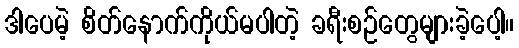
ဒါပေမဲ့ စိတ်နောက်ကိုယ်မပါတဲ့ ခရီးစဉ်တွေများခဲ့ပေါ့။